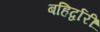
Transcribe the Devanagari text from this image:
बहिर्द्वारीं